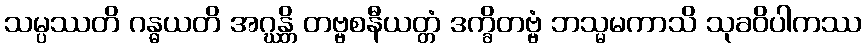
သမ္ပဿတိ ဂန္ဓယတိ အဂ္ဃန္တိ တဗ္ဗစနီယတ္တံ ဒက္ခိတဗ္ဗံ ဘသ္မမကာသိ သုခဝိပါကဿ